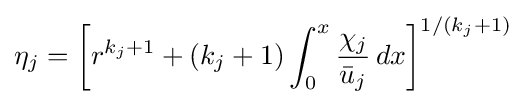
\eta _{j}=\left[r^{k_{j}+1}+(k_{j}+1)\int _{0}^{x}{\frac {\chi _{j}}{{\bar {u}}_{j}}}\,dx\right]^{1/(k_{j}+1)}